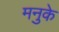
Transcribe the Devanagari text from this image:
मनुके